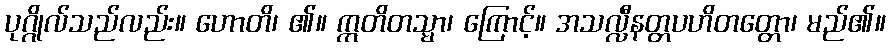
ပုဂ္ဂိုလ်သည်လည်း။ ဟောတိ၊ ၏။ ဣတိတသ္မာ၊ ကြောင့်။ အသလ္လီနတ္တပဟိတတ္တော၊ မည်၏။